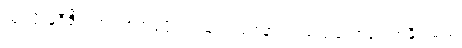
ထုပ်ပိုးမှုဒီဇိုင်းတွင် စက်ရုံပိုင်ရှင်များ သင်နားလည်သဘောပေါက်နိုင်သည်